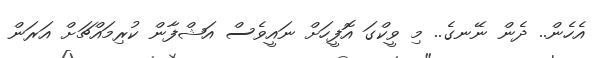
އެހެން.. ދެން ނޭނގެ.. މި ވީކްގަ އޮފީހަށް ނައީވެސް އަޝްފާން ކުރިމައްޗަށް އަރަން